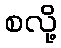
စလို့